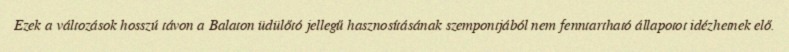
Ezek a változások hosszú távon a Balaton üdülőtó jellegű hasznosításának szempontjából nem fenntartható állapotot idézhetnek elő.